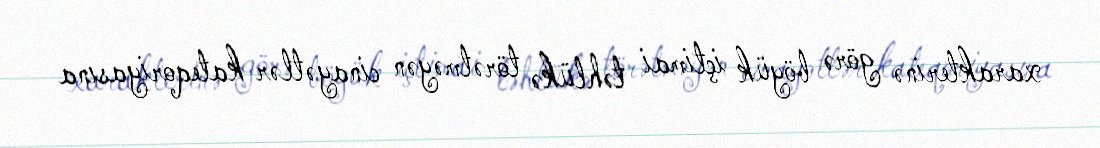
xarakterinə görə böyük içtimai təhlükə törətməyən cinayətlər kateqoriyasına